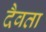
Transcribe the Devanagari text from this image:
दैवता